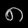
Digit: ၈